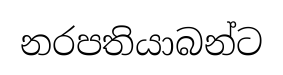
නරපතියාබන්ට